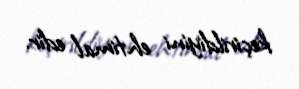
keçirildiyini ehtimal edir.